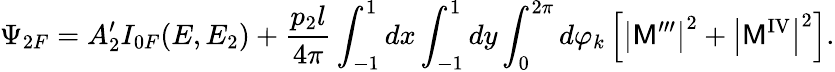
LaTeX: \Psi_{2F}=A_{2}^{\prime}I_{0F}(E,E_{2})+\frac{p_{2}l}{4\pi}\int_{-1}^{1}dx\int_{-1}^{1}dy\int_{0}^{2\pi}d\varphi_{k}\left[\left|{\sf M}^{\prime\prime\prime}\right|^{2}+\left|{\sf M}^{\mathrm{IV}}\right|^{2}\right].